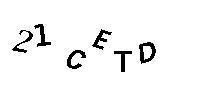
21CETD